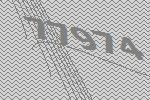
77974